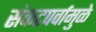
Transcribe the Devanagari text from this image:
संकटपर्वामुळे